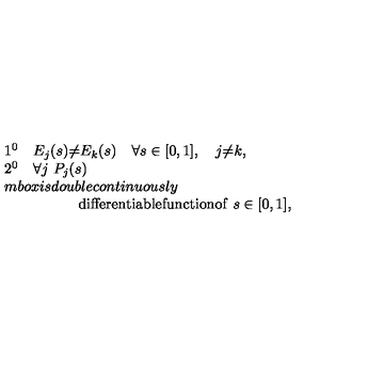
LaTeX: \begin{array} { l } { 1 ^ { 0 } \quad E _ { j } ( s ) { \neq } E _ { k } ( s ) \quad \forall s \in [ 0 , 1 ] , \quad j { \neq } k , } \\ { 2 ^ { 0 } \quad \forall j \ P _ { j } ( s ) } \\ { m b o x { i s d o u b l e c o n t i n u o u s l y } } \\ { \qquad \qquad \quad \mathrm { d i f f e r e n t i a b l e f u n c t i o n o f } \ s \in [ 0 , 1 ] , } \\ \end{array}